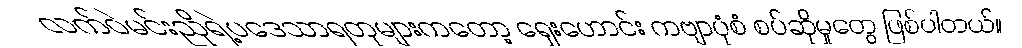
လက်ဝဲမင်းညိုရဲ့ပဒေသာရတုများကတော့ ရှေးဟောင်း ကဗျာပုံစံ စပ်ဆိုမှုတွေ ဖြစ်ပါတယ်။